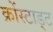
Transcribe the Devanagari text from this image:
क्रोंस्टाड्ट